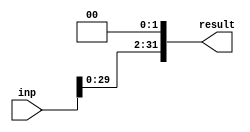
module shiftLeft(inp,result);

input [31:0] inp;
output [31:0] result;

assign result = inp <<2; 

endmodule